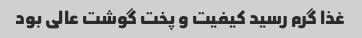
غذا گرم رسید کیفیت و پخت گوشت عالی بود